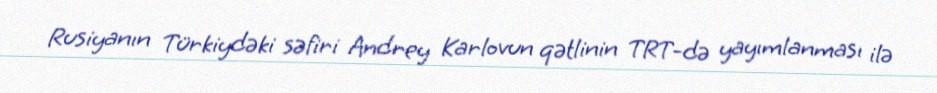
Rusiyanın Türkiydəki səfiri Andrey Karlovun qətlinin TRT-də yayımlanması ilə